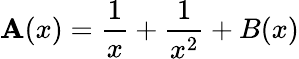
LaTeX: \mathbf{A}(x)=\frac{{1}}{{x}}+\frac{{1}}{{x^{2}}}+B(x)